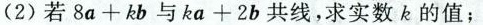
(2)若$$8 a + k b$$与$$k a + 2 b$$共线，求实数k的值；